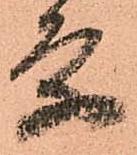
条